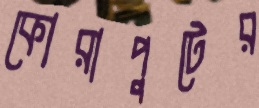
কোরাপুটের